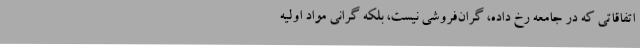
اتفاقاتی که در جامعه رخ داده‌، گران‌فروشی نیست، بلکه گرانی مواد اولیه